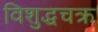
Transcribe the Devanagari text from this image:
विशुद्धचक्र